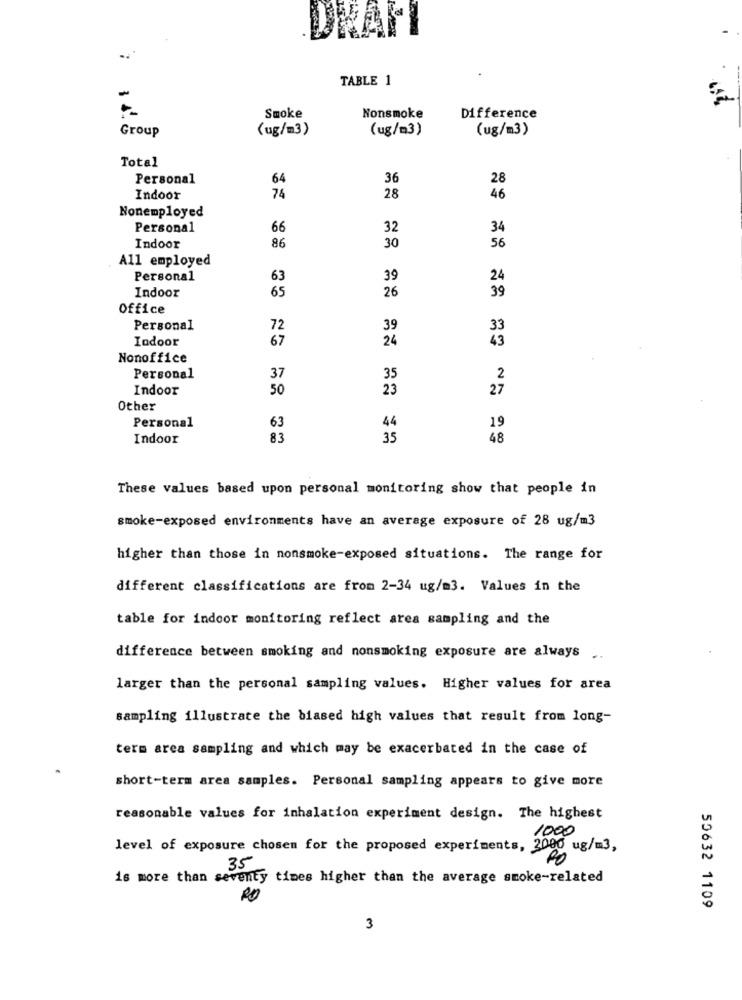
DRAL
TABLE 1
Smoke
Nonsmoke
Difference
Group
(ug/m3)
(ug/m3)
(ug/m3)
Total
Personal
64
36
28
Indoor
74
28
46
Nonemployed
Personal
66
32
34
86
Indoor
30
56
All employed
Personal
63
39
24
Indoor
65
26
39
Office
Personal
72
39
33
Indoor
67
24
43
Nonoffice
Personal
37
35
2
Indoor
50
23
27
Other
Personal
63
44
19
Indoor
83
35
48
These values based upon personal monitoring show that people in
smoke-exposed environments have an average exposure of 28 ug/m3
higher than those in nonsmoke-exposed situations. The range for
different classifications are from 2-34 ug/m3. Values in the
table for indoor monitoring reflect area sampling and the
difference between smoking and nonsmoking exposure are always ..
larger than the personal sampling values. Higher values for area
sampling illustrate the biased high values that result from long-
term area sampling and which may be exacerbated in the case of
short-term area samples. Personal sampling appears to give more
reasonable values for inhalation experiment design. The highest
1000
level of exposure chosen for the proposed experiments, 2000 ug/m3,
35
is more than seventy times higher than the average smoke-related
50632 1109
3